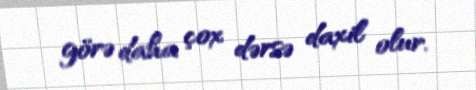
görə daha çox dərsə daxil olur.